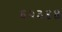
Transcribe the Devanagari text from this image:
६२३४४